Plague in India, 1896, 1897 - Volume 2
Year: 1896
Disease focus: Plague
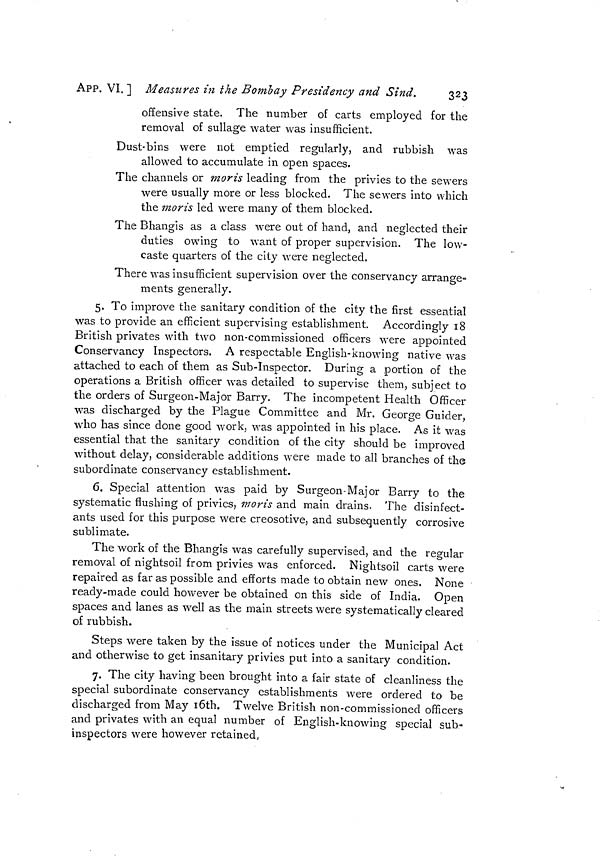
APP. VI. ] Measures in the Bomb ay Presidency and Sind.
323
offensive state. The number of carts employed for the
removal of stilläge water was insufficient.
Dust-bins were not emptied regularly, and rubbish was
allowed to accumulate in open spaces.
The channels or morís leading from the privies to the sewers
were usually more or less blocked. The sewers into which
the moris led were many of them blocked.
The Bhangis as a class were out of hand, and neglected their
duties owing to want of proper supervision. The low-
caste quarters of the city were neglected.
There was insufficient supervision over the conservancy arrange-
ments generally.
5. To improve the sanitary condition of the city the first essential
was to provide an efficient supervising establishment. Accordingly 18
British privates with two non-commissioned officers were appointed
Conservancy Inspectors. A respectable English-knowing native was
attached to each of them as Sub-Inspector. During a portion of the
operations a British officer was detailed to supervise them, subject to
the orders of Surgeon-Major Barry. The incompetent Health Officer
was discharged by the Plague Committee and Mr. George Guider,
who has since done good work, was appointed in his place. As it was
essential that the sanitary condition of the city should be improved
without delay, considerable additions were made to all branches of the
subordinate conservancy establishment.
6. Special attention was paid by Surgeon-Major Barry to the
systematic flushing of privies, moris and main drains. The disinfect-
ants used for this purpose were creosotive, and subsequently corrosive
sublimate.
The work of the Bhangis was carefully supervised, and the regular
removal of nightsoil from privies was enforced. Nightsoil carts were
repaired as far as possible and efforts made to obtain new ones. None
ready-made could however be obtained on this side of India. Open
spaces and lanes as well as the main streets were systematically cleared
of rubbish.
Steps were taken by the issue of notices under the Municipal Act
and otherwise to get insanitary privies put into a sanitary condition.
7. The city having been brought into a fair state of cleanliness the
special subordinate conservancy establishments were ordered to be
discharged from May 16th. Twelve British non-commissioned officers
and privates with an equal number of English-knowing special sub-
inspectors were however retained,